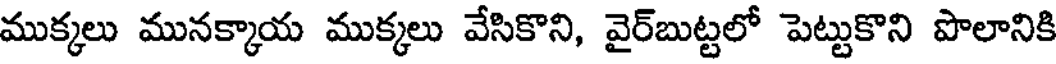
ముక్కలు మునక్కాయ ముక్కలు వేసికొని, వైర్బుట్టలో పెట్టుకొని పొలానికి